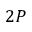
2 P